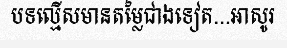
បទល្មើសមានតម្លៃជាងទៀត...អាសូរ